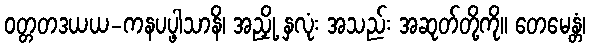
ဝတ္တတဒယယ-ကနပပ္ဖါသာနိ၊ အညှို့ နှလုံး အသည်း အဆုတ်တို့ကို။ တေမေန္တံ၊